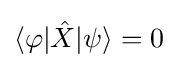
\langle \varphi |{\hat {X}}|\psi \rangle =0